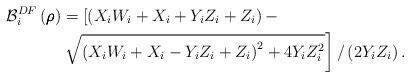
LaTeX: \begin{align*}{{\mathcal B}_i^{DF}}\left(\pmb \rho \right)&= \left[ {\left( {{X_i}{W_i} + {X_i} + {Y_i}{Z_i} + {Z_i}} \right) - } \right. \\&\left. {\sqrt {{{\left( {{X_i}{W_i} + {X_i} - {Y_i}{Z_i} + {Z_i}} \right)}^2} + 4{Y_i}Z_i^2} } \right]/\left( {2{Y_i}{Z_i}} \right).\end{align*}